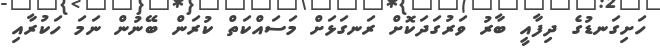
ހަށިގަނޑުގެ ދިފާއީ ބާރު ވަރުގަދަކޮށް ރަނގަޅަށް މަސައްކަތް ކުރަން ބޭނުން ނަމަ ހަކުރާއި